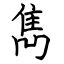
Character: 雋